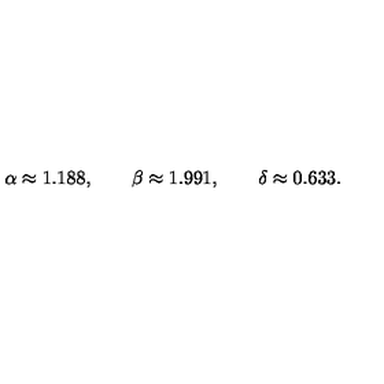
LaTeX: \alpha \approx 1 . 1 8 8 , \qquad \beta \approx 1 . 9 9 1 , \qquad \delta \approx 0 . 6 3 3 .